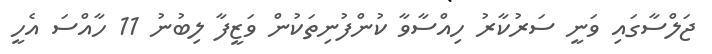
ޖަލްސާގައި ވަނީ ސަރުކާރު ހިއްސާވާ ކުންފުނިތަކުން ވަޒީފާ ލިިބުނު 11 ހާއްސަ އެހީ